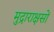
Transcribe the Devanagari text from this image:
मुद्राराक्षसों